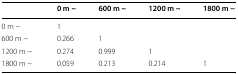
|  | 0 m ~ | 600 m ~ | 1200 m ~ | 1800 m ~ |
 | --- | --- | --- | --- | --- |
 | 0 m ~ | 1 |  |  |  |
 | 600 m ~ | 0.266 | 1 |  |  |
 | 1200 m ~ | 0.274 | 0.999 | 1 |  |
 | 1800 m ~ | 0.059 | 0.213 | 0.214 | 1 |